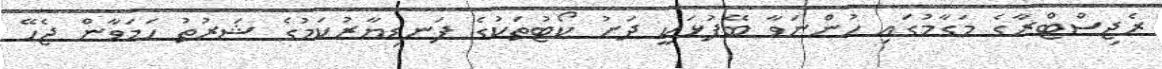
ރެޖިސްޓްރާގެ މަގާމުގައި ހުންނަވާ ބޭފުޅަކީ ދަށު ކޯޓުތަކުގެ ފަނޑިޔާރުކަމުގެ ޝަރުތު ހަމަވާން ޖެހޭ